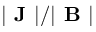
| \textbf { J } | / | \textbf { B } |